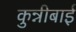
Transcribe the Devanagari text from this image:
कुन्नीबाई